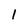
Character: 1